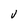
Character: V